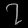
Digit: ၇